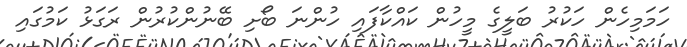
ހަމަމިހެން ހަކުރު ބަލީގެ މީހުން ކައްކާފައި ހުންނަ ބޯށި ބޭނުންކުރުން ރަގަޅު ކަމުގައި